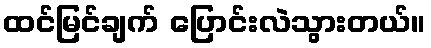
ထင်မြင်ချက် ပြောင်းလဲသွားတယ်။